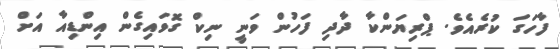
ފާހަގަ ކުރެއެވެ. ޕްރިޔަންކާ ދާދި ފަހުން ވަނީ ނިކް ގޮވައިގެން އިންޑިއާ އަށް